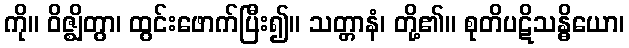
ကို။ ဝိဇ္ဈိတွာ၊ ထွင်းဖောက်ပြီး၍။ သတ္တာနံ၊ တို့၏။ စုတိပဋိသန္ဓိယော၊